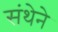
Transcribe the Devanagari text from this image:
संथेने